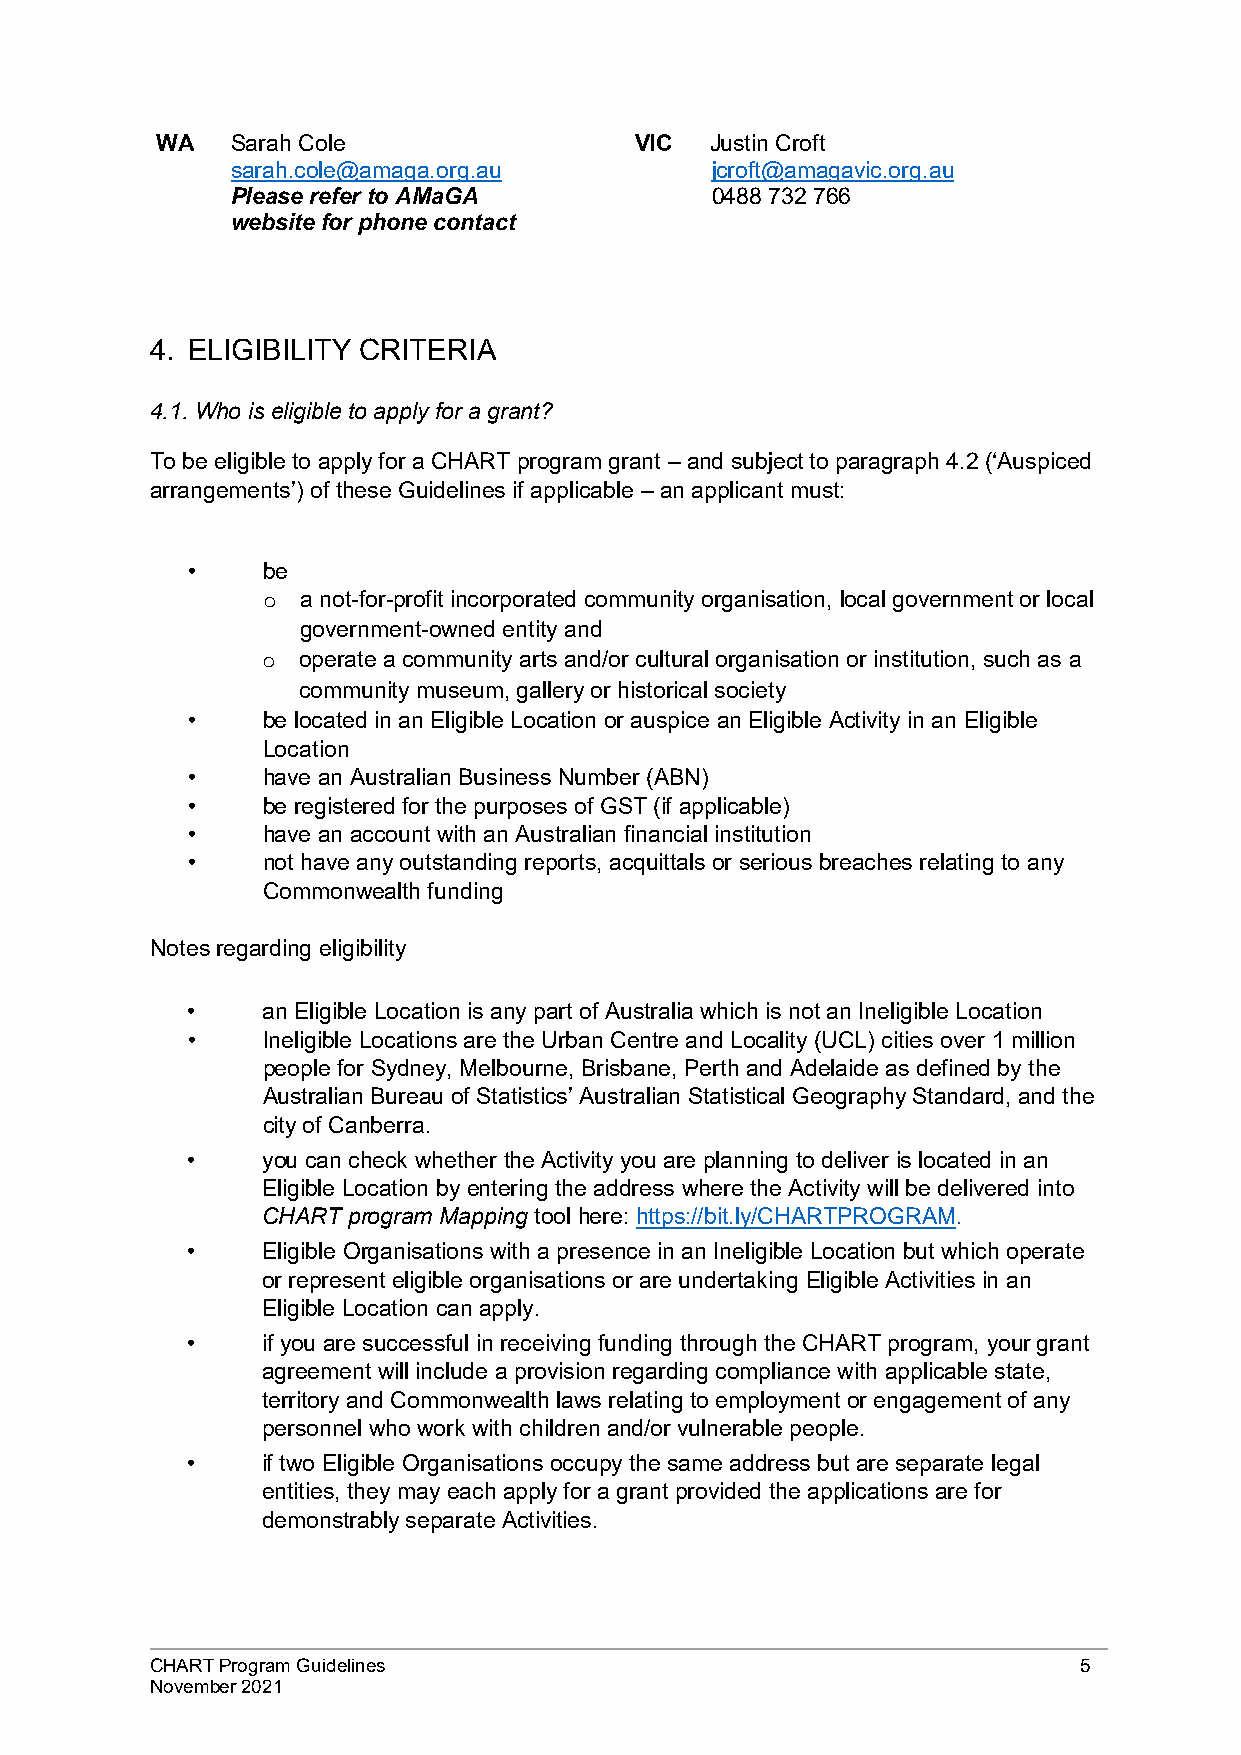
WA   Sarah Cole                 VIC  Justin Croft
 sarah.cole@amaga.org.au         jcroft@amagavic.org.au
 Please refer to AMaGA           0488 732 766
 website for phone contact
 4. ELIGIBILITY CRITERIA
 4.1. Who is eligible to apply for a grant?
 To be eligible to apply for a CHART program grant – and subject to paragraph 4.2 (‘Auspiced
 arrangements’) of these Guidelines if applicable – an applicant must:
 •    be
 a not-for-profit incorporated community organisation, local government or local
 o
 government-owned entity and
 operate a community arts and/or cultural organisation or institution, such as a
 o
 community museum, gallery or historical society
 •    be located in an Eligible Location or auspice an Eligible Activity in an Eligible
 Location
 •    have an Australian Business Number (ABN)
 •    be registered for the purposes of GST (if applicable)
 •    have an account with an Australian financial institution
 •    not have any outstanding reports, acquittals or serious breaches relating to any
 Commonwealth funding
 Notes regarding eligibility
 •    an Eligible Location is any part of Australia which is not an Ineligible Location
 •    Ineligible Locations are the Urban Centre and Locality (UCL) cities over 1 million
 people for Sydney, Melbourne, Brisbane, Perth and Adelaide as defined by the
 Australian Bureau of Statistics’ Australian Statistical Geography Standard, and the
 city of Canberra.
 •    you can check whether the Activity you are planning to deliver is located in an
 Eligible Location by entering the address where the Activity will be delivered into
 CHART program Mapping tool here: https://bit.ly/CHARTPROGRAM.
 •    Eligible Organisations with a presence in an Ineligible Location but which operate
 or represent eligible organisations or are undertaking Eligible Activities in an
 Eligible Location can apply.
 •    if you are successful in receiving funding through the CHART program, your grant
 agreement will include a provision regarding compliance with applicable state,
 territory and Commonwealth laws relating to employment or engagement of any
 personnel who work with children and/or vulnerable people.
 •    if two Eligible Organisations occupy the same address but are separate legal
 entities, they may each apply for a grant provided the applications are for
 demonstrably separate Activities.
 CHART Program Guidelines                                     5
 November 2021